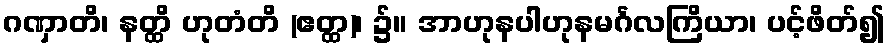
ဂဏှာတိ၊ နတ္ထိ ဟုတံတိ (ဧတ္ထ)၊ ၌။ အာဟုနပါဟုနမင်္ဂလကြိယာ၊ ပင့်ဖိတ်၍